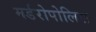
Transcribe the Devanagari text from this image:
मर्डरोपोलिस